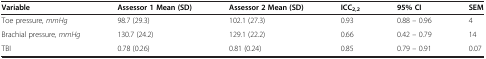
| Variable | Assessor 1 Mean (SD) | Assessor 2 Mean (SD) | ICC2,2 | 95% CI | SEM |
 | --- | --- | --- | --- | --- | --- |
 | Toe pressure, mmHg | 98.7 (29.3) | 102.1 (27.3) | 0.93 | 0.88 – 0.96 | 4 |
 | Brachial pressure, mmHg | 130.7 (24.2) | 129.1 (22.2) | 0.66 | 0.42 – 0.79 | 14 |
 | TBI | 0.78 (0.26) | 0.81 (0.24) | 0.85 | 0.79 – 0.91 | 0.07 |